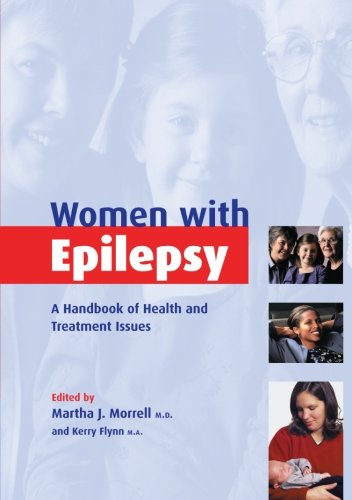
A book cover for Women with Epilepsy: A Handbook of Health and Treatment Issues; Health, Fitness & Dieting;